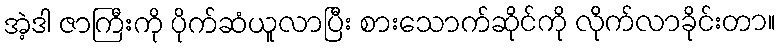
အဲ့ဒါ ဇာကြီးကို ပိုက်ဆံယူလာပြီး စားသောက်ဆိုင်ကို လိုက်လာခိုင်းတာ။